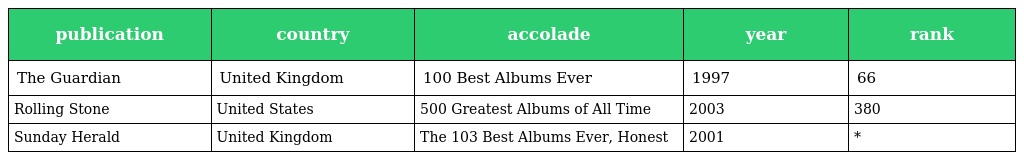
| publication | country | accolade | year | rank |
 | --- | --- | --- | --- | --- |
 | The Guardian | United Kingdom | 100 Best Albums Ever | 1997 | 66 |
 | Rolling Stone | United States | 500 Greatest Albums of All Time | 2003 | 380 |
 | Sunday Herald | United Kingdom | The 103 Best Albums Ever, Honest | 2001 | * |